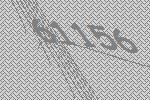
61156